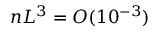
n L ^ { 3 } = O ( 1 0 ^ { - 3 } )